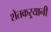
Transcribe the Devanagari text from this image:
शेतकऱ्यानी